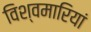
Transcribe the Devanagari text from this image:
विश्वमारियां